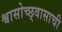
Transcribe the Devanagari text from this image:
श्वासोच्छ्वासाची